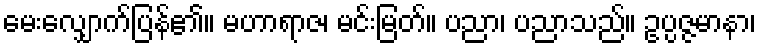
မေးလျှောက်ပြန်၏။ မဟာရာဇ၊ မင်းမြတ်။ ပညာ၊ ပညာသည်။ ဥပ္ပဇ္ဇမာနာ၊